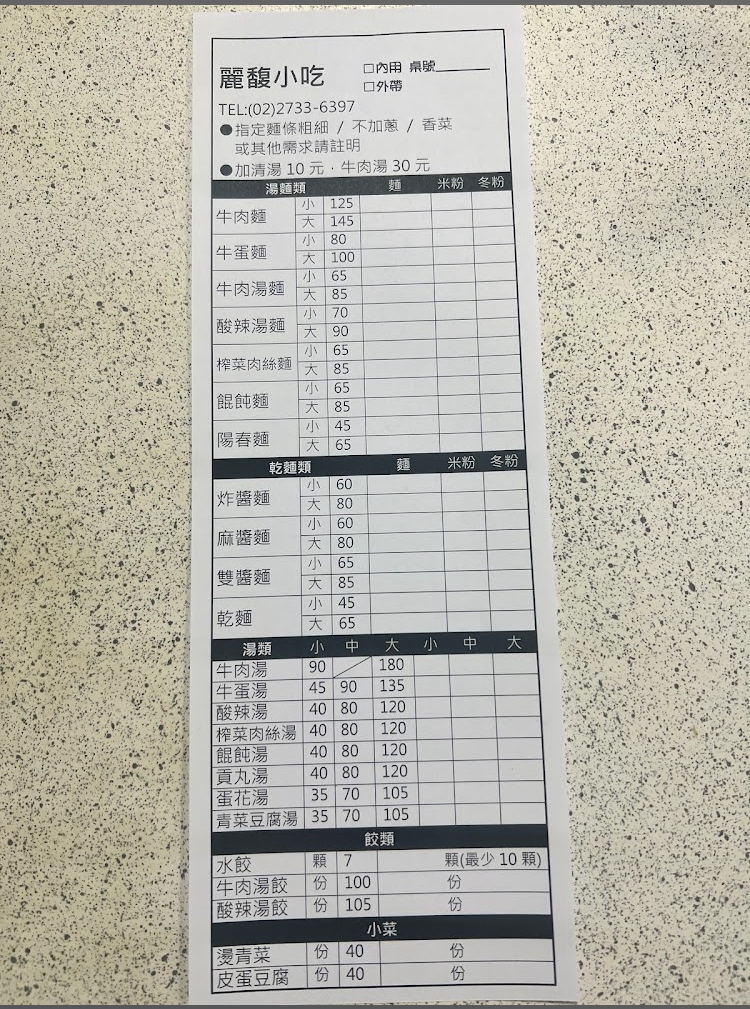
餐廳：麗馥小吃
電話：(02)2733-6397
菜單：
name: 牛肉麵小
price: 125
name: 牛肉麵大
price: 145
name: 牛蛋麵小
price: 80
name: 牛蛋麵大
price: 100
name: 牛肉湯麵小
price: 65
name: 牛肉湯麵大
price: 85
name: 酸辣湯麵小
price: 70
name: 酸辣湯麵大
price: 90
name: 榨菜肉絲麵小
price: 65
name: 榨菜肉絲麵大
price: 85
name: 餛飩麵小
price: 65
name: 餛飩麵大
price: 85
name: 陽春麵小
price: 45
name: 陽春麵大
price: 65
name: 乾麵小
price: 45
name: 乾麵大
price: 65
name: 炸醬麵小
price: 60
name: 炸醬麵大
price: 80
name: 麻醬麵小
price: 60
name: 麻醬麵大
price: 80
name: 雙醬麵小
price: 65
name: 雙醬麵大
price: 85
name: 牛肉湯小
price: 90
name: 牛肉湯大
price: 180
name: 牛蛋湯小
price: 45
name: 牛蛋湯中
price: 90
name: 牛蛋湯大
price: 135
name: 酸辣湯小
price: 40
name: 酸辣湯中
price: 80
name: 酸辣湯大
price: 120
name: 榨菜肉絲湯小
price: 40
name: 榨菜肉絲湯中
price: 80
name: 榨菜肉絲湯大
price: 120
name: 餛飩湯小
price: 40
name: 餛飩湯中
price: 80
name: 餛飩湯大
price: 120
name: 貢丸湯小
price: 40
name: 貢丸湯中
price: 80
name: 貢丸湯大
price: 120
name: 蛋花湯小
price: 35
name: 蛋花湯中
price: 70
name: 蛋花湯大
price: 105
name: 青菜豆腐湯小
price: 35
name: 青菜豆腐湯中
price: 70
name: 青菜豆腐湯大
price: 105
name: 水餃
price: 7
name: 牛肉湯餃
price: 100
name: 酸辣湯餃
price: 105
name: 燙青菜
price: 40
name: 皮蛋豆腐
price: 40